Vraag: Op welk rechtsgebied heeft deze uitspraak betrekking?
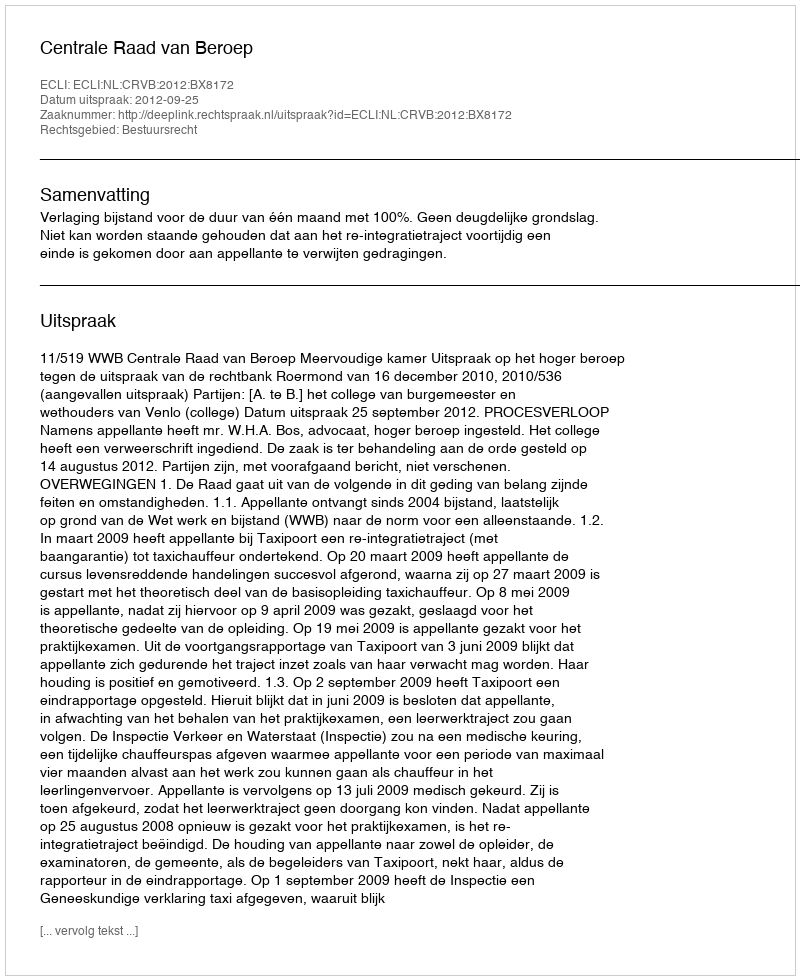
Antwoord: Bestuursrecht